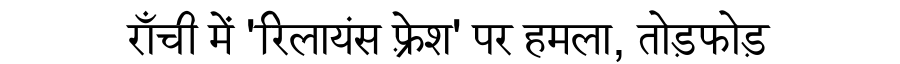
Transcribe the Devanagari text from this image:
राँची में 'रिलायंस फ़्रेश' पर हमला, तोड़फोड़